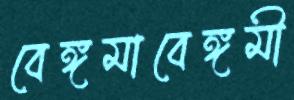
বেঙ্গমাবেঙ্গমী